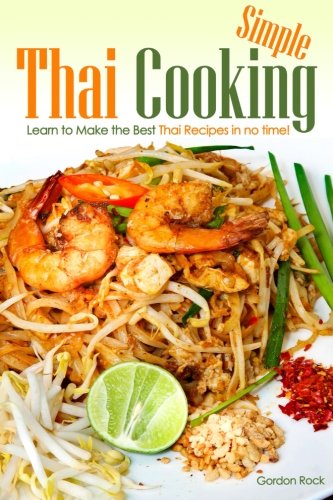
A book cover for Simple Thai Cooking: Learn to Make the Best Thai Recipes in no time!; Martha Stone; Cookbooks, Food & Wine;